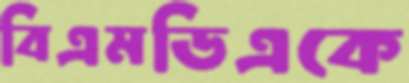
বিএমডিএকে